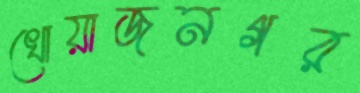
খোয়াজনগর